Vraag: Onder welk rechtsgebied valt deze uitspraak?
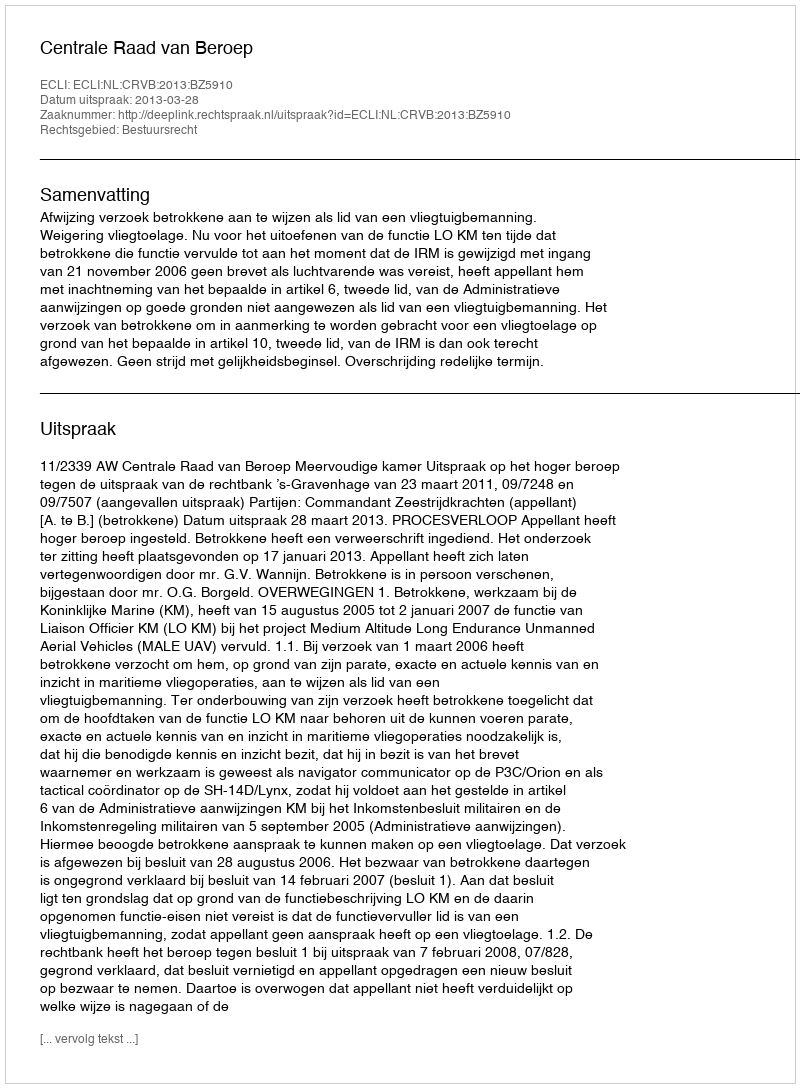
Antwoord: Bestuursrecht